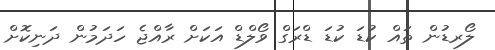
ލޯރޑުން ތައް ކުޑަ ކުުޑަ ޑްރަގް ވޯލްޑް އަކަށް ރާއްޖެ ހަދަމުން ދަނިކޮށް